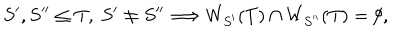
LaTeX: S ^ { \prime } , S ^ { \prime \prime } \leq T , \ S ^ { \prime } \not = S ^ { \prime \prime } \Longrightarrow W _ { S ^ { \prime } } ( T ) \cap W _ { S ^ { \prime \prime } } ( T ) = \emptyset ,